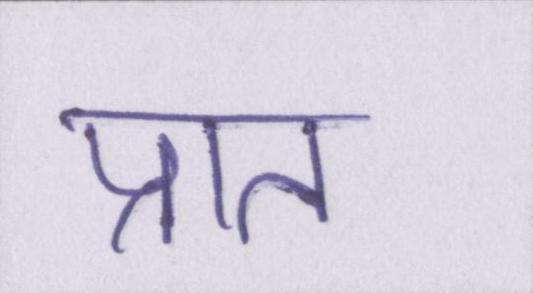
प्रात